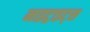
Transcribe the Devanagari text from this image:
नाइट्राइट्स